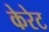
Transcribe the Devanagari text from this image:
केरेट